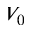
V _ { 0 }